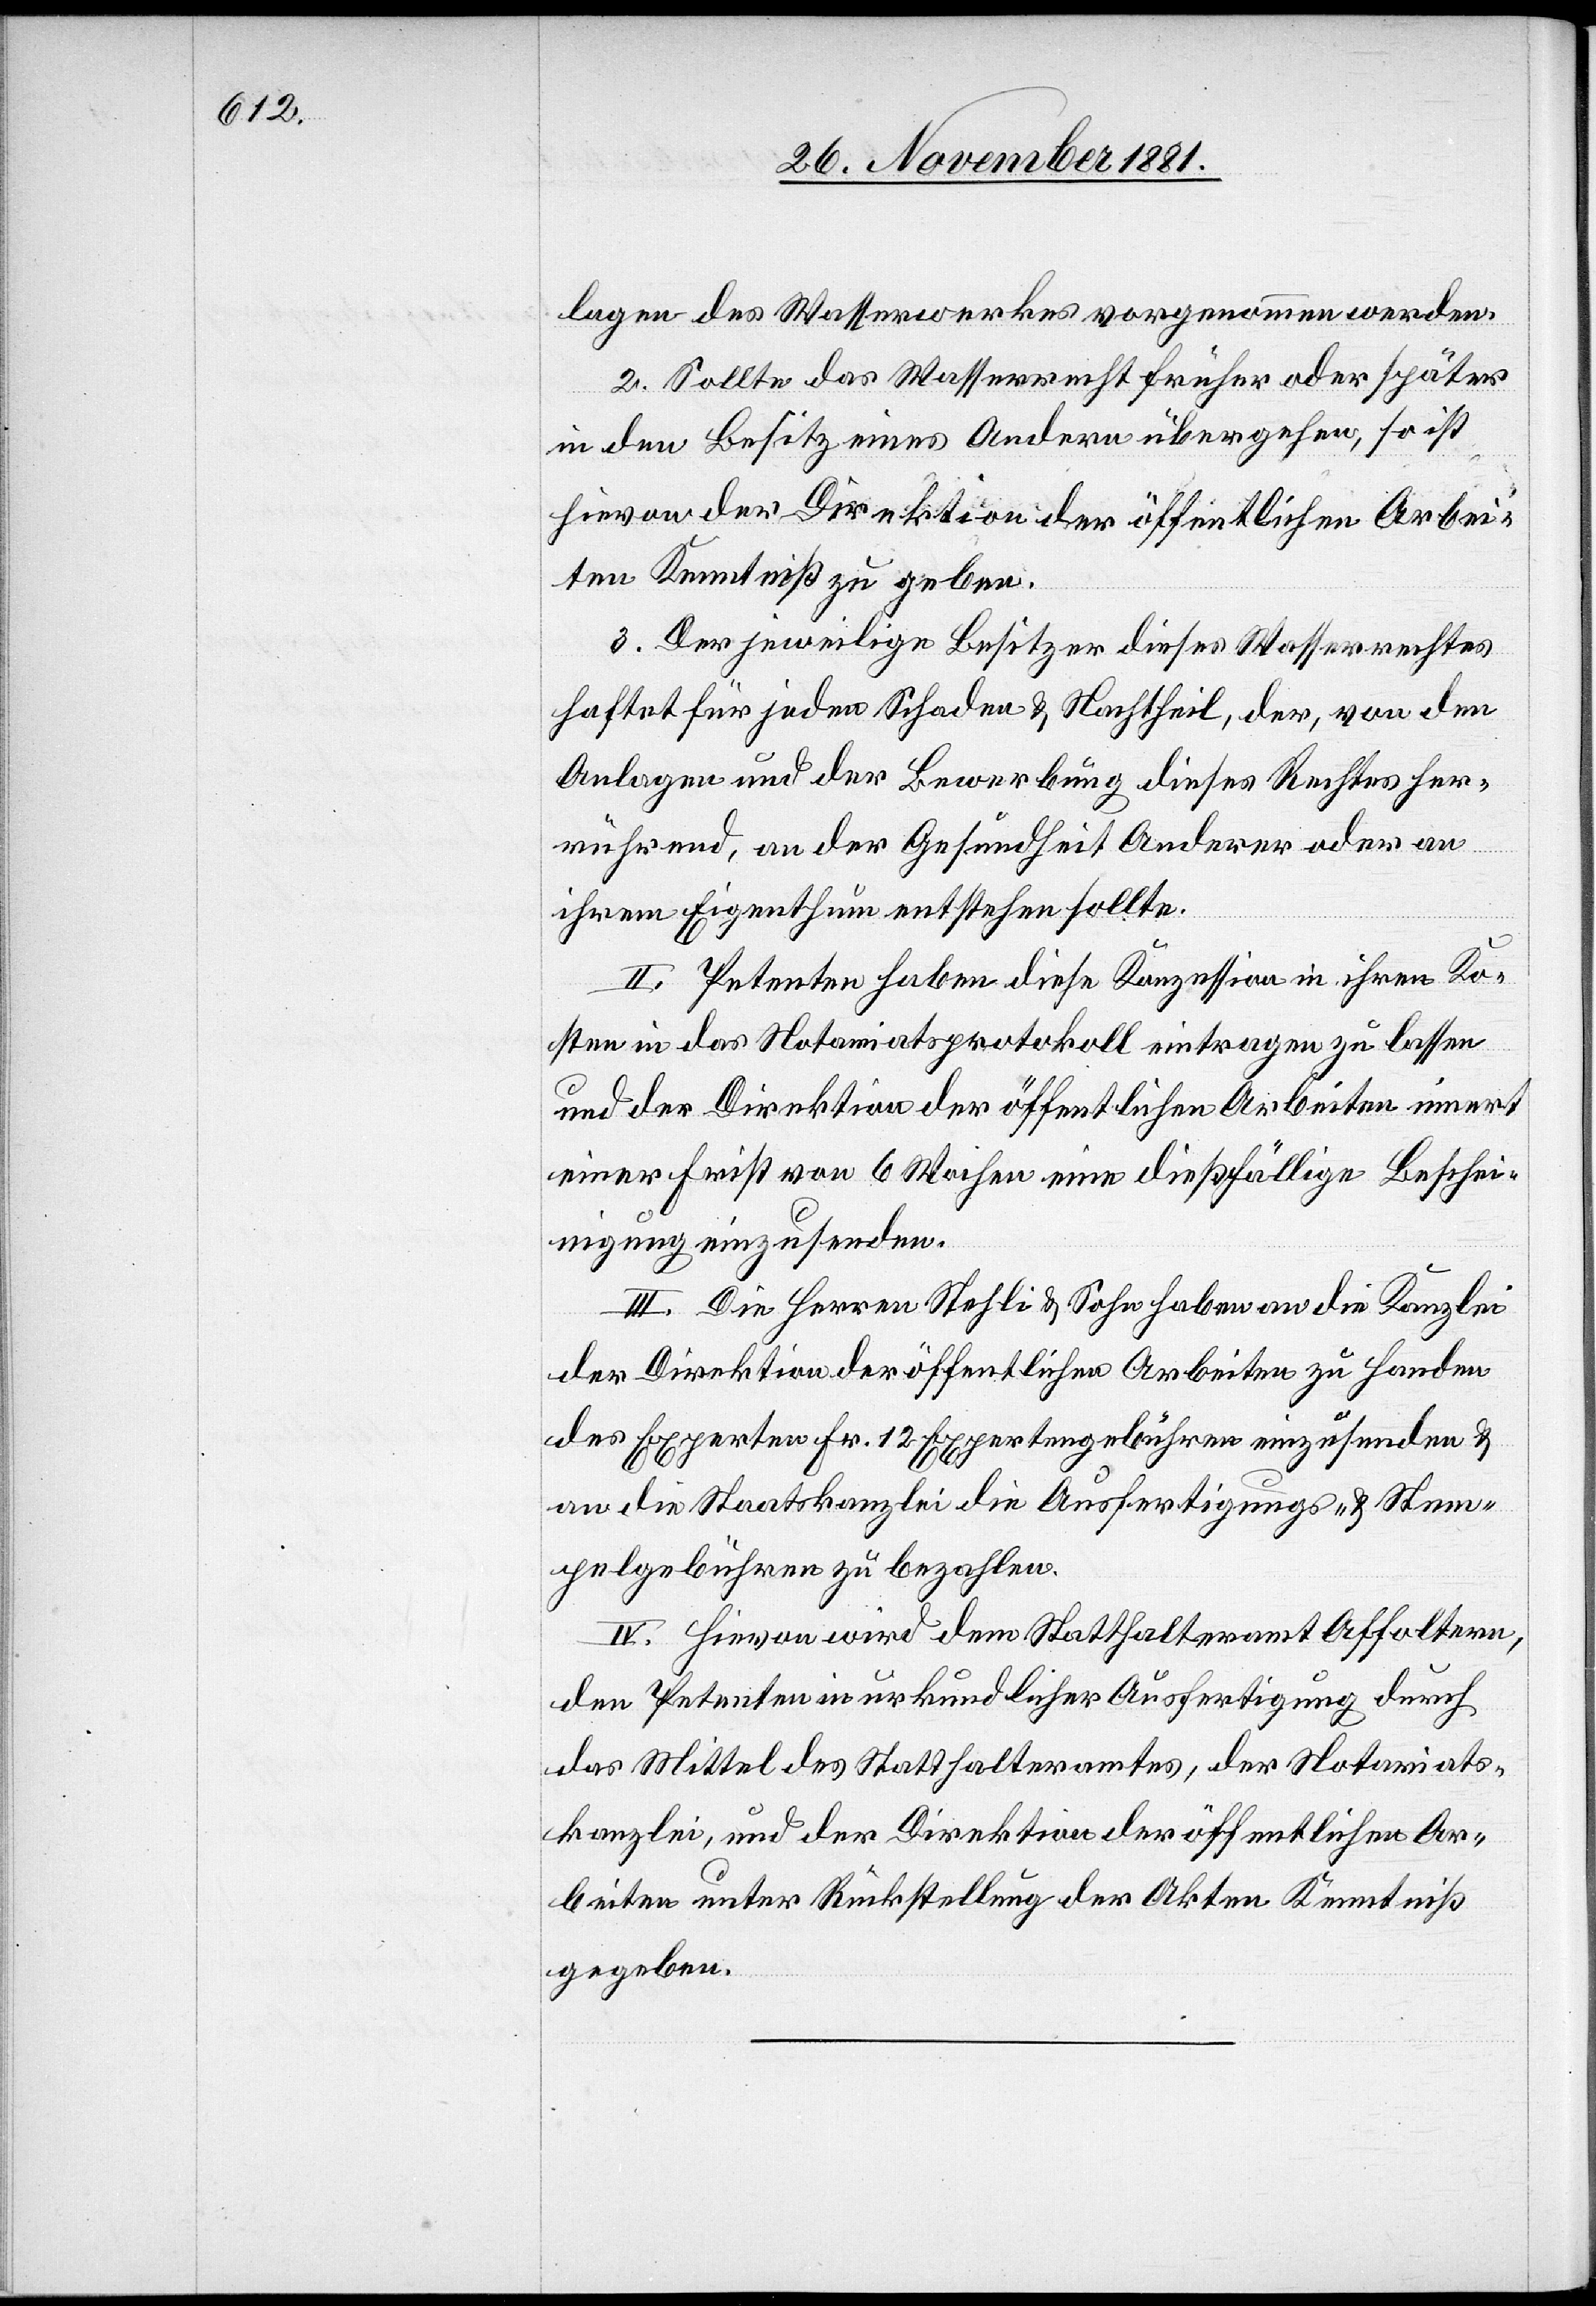
lagen des Wasserwerkes vorgenommen werden.
2. Sollte das Wasserrecht früher oder später
in den Besitz eines Andern übergehen, so ist
hievon der Direktion der öffentlichen Arbei¬
ten Kenntniß zu geben.
3. Der jeweilige Besitzer dieses Wasserrechtes
haftet für jeden Schaden & Nachtheil, der, von den
Anlagen und der Bewerbung dieses Rechtes her¬
rührend, an der Gesundheit Anderer oder an
ihrem Eigenthum entstehen sollte.
II. Petenten haben diese Konzession in ihren Ko¬
sten in das Notariatsprotokoll eintragen zu lassen
und der Direktion der öffentlichen Arbeiten innert
einer Frist von 6 Wochen eine dießfällige Beschei¬
nigung einzusenden.
III. Die Herren Stehli & Sohn haben an die Kanzlei
der Direktion der öffentlichen Arbeiten zu Handen
des Experten Fr. 12 Expertengebühren einzusenden &
an die Staatskanzlei die Ausfertigungs- & Stem¬
pelgebühren zu bezahlen.
IV. Hievon wird dem Statthalteramt Affoltern,
den Petenten in urkundlicher Ausfertigung durch
das Mittel des Statthalteramtes, der Notariats¬
kanzlei, und der Direktion der öffentlichen Ar¬
beiten unter Rückstellung der Akten Kenntniß
gegeben.